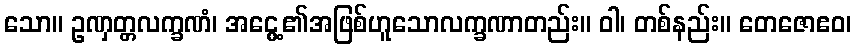
သော။ ဥဏှတ္တလက္ခဏံ၊ အငွေ့၏အဖြစ်ဟူသောလက္ခဏာတည်း။ ဝါ၊ တစ်နည်း။ တေဇောဧဝ၊